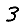
Digit: 3